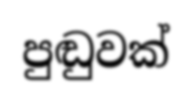
පුඬුවක්